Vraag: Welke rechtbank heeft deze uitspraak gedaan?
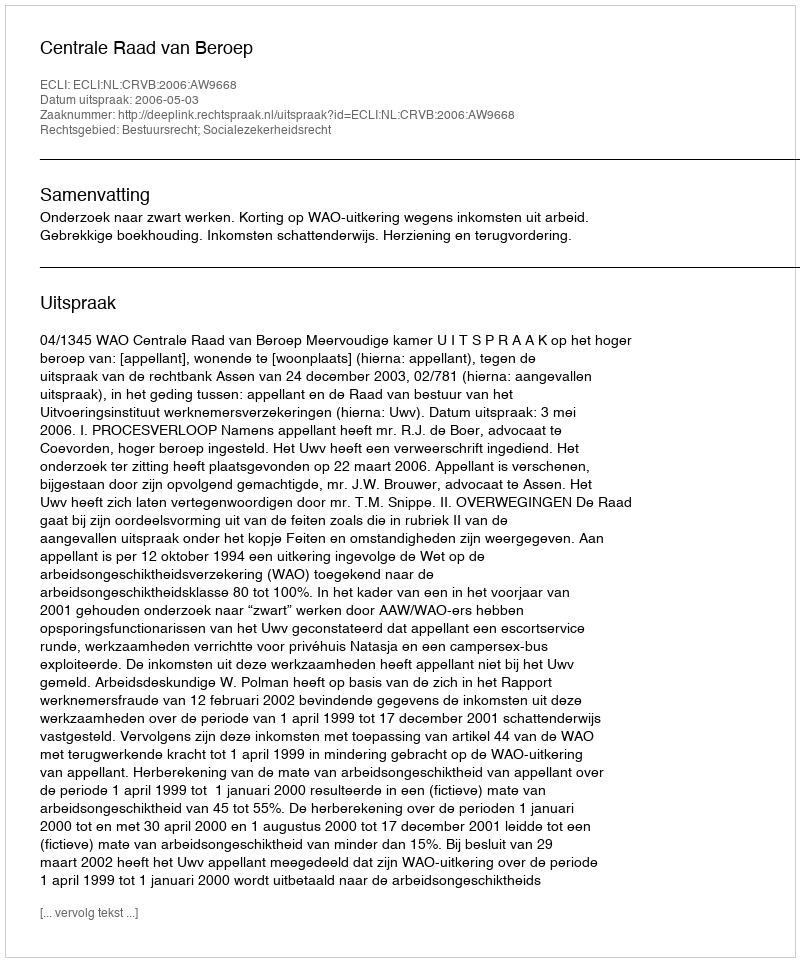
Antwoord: Centrale Raad van Beroep